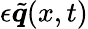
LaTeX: \epsilon\tilde{\boldsymbol{q}}(x,t)